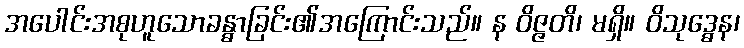
အပေါင်းအစုဟူသောခန္ဓာခြင်း၏အကြောင်းသည်။ န ဝိဇ္ဇတိ၊ မရှိ။ ဝိသုဒ္ဓေန၊